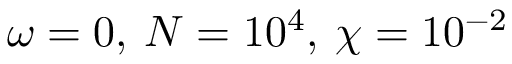
\omega = 0 , \: N = 1 0 ^ { 4 } , \: \chi = 1 0 ^ { - 2 }